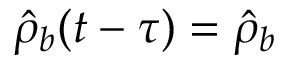
\hat { \rho } _ { b } ( t - \tau ) = \hat { \rho } _ { b }